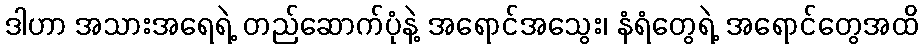
ဒါဟာ အသားအရေရဲ့ တည်ဆောက်ပုံနဲ့ အရောင်အသွေး၊ နံရံတွေရဲ့ အရောင်တွေအထိ